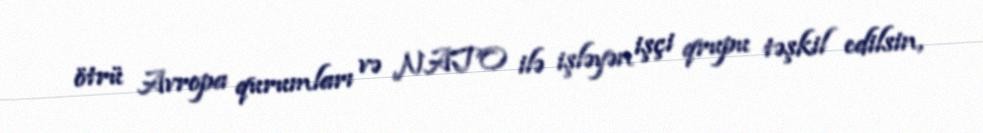
ötrü Avropa qurumları və NATO ilə işləyən işçi qrupu təşkil edilsin,